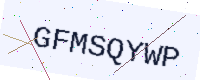
Text: GFMSQYWP